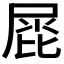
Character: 𡲩